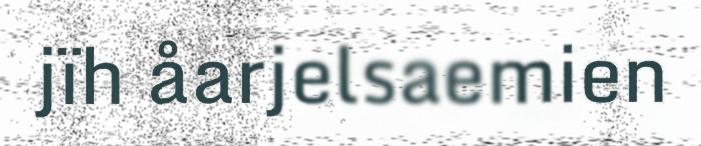
jïh åarjelsaemien